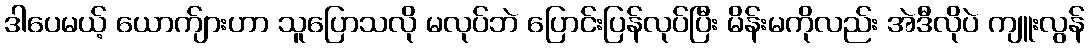
ဒါပေမယ့် ယောက်ျားဟာ သူပြောသလို မလုပ်ဘဲ ပြောင်းပြန်လုပ်ပြီး မိန်းမကိုလည်း အဲဒီလိုပဲ ကျူးလွန်